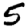
Digit: 5